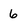
Character: 6